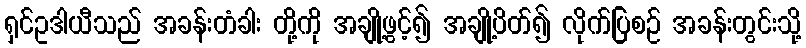
ရှင်ဥဒါယီသည် အခန်းတံခါး တို့ကို အချို့ဖွင့်၍ အချို့ပိတ်၍ လိုက်ပြစဉ် အခန်းတွင်းသို့